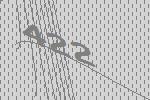
422